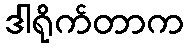
ဒါရိုက်တာက